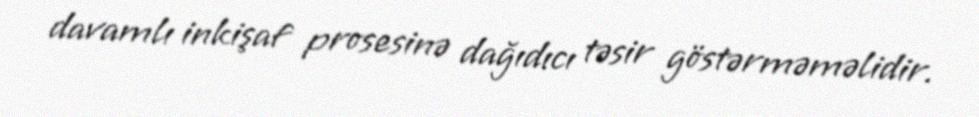
davamlı inkişaf prosesinə dağıdıcı təsir göstərməməlidir.